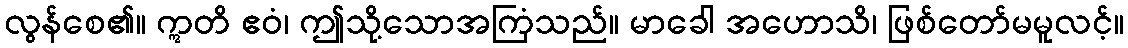
လွန်စေ၏။ ဣတိ ဧဝံ၊ ဤသို့သောအကြံသည်။ မာခေါ အဟောသိ၊ ဖြစ်တော်မမူလင့်။